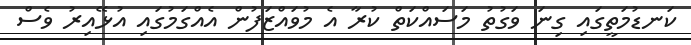
ކަނޑުމަތީގައި ގިނަ ވަގުތު މަސައްކަތް ކުރާ އެ މުވައްޒަފުން އެއްގަމުގައި އުޅޭއިރު ވެސް